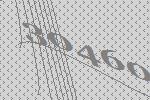
30460